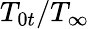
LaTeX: T_{0t}/T_{\infty}